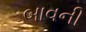
બાવની